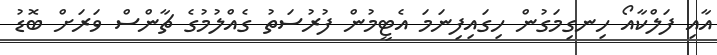
އާއި ފަލްކާއޯ ހިނގިމަގުން ހިގައިފިނަމަ އެޓީމުން ފުރުސަތު ގެއްލުމުގެ ޗާންސް ވަރަށް ބޮޑު